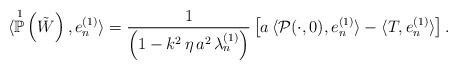
LaTeX: \begin{align*}\langle \overset{1}{\mathbb{P}}\left( \tilde{W} \right), e_{n}^{(1)} \rangle = \frac{1}{\left( 1 - k^{2} \, \eta \, a^{2} \, \lambda^{(1)}_{n} \right)} \left[ a \, \langle \mathcal{P}(\cdot , 0) , e_{n}^{(1)} \rangle - \langle T, e_{n}^{(1)} \rangle \right]. \end{align*}